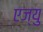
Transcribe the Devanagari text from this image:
एज्‍यु